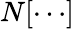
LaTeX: N[\cdots]